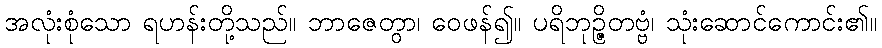
အလုံးစုံသော ရဟန်းတို့သည်။ ဘာဇေတွာ၊ ဝေဖန်၍။ ပရိဘုဉ္ဇိတဗ္ဗံ၊ သုံးဆောင်ကောင်း၏။